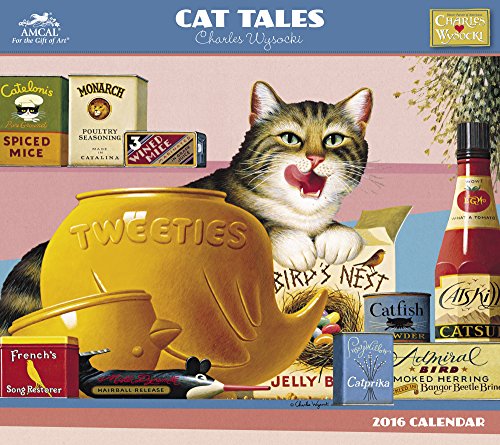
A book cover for Charles Wysocki - Cat Tales Wall Calendar (2016); AMCAL; Calendars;